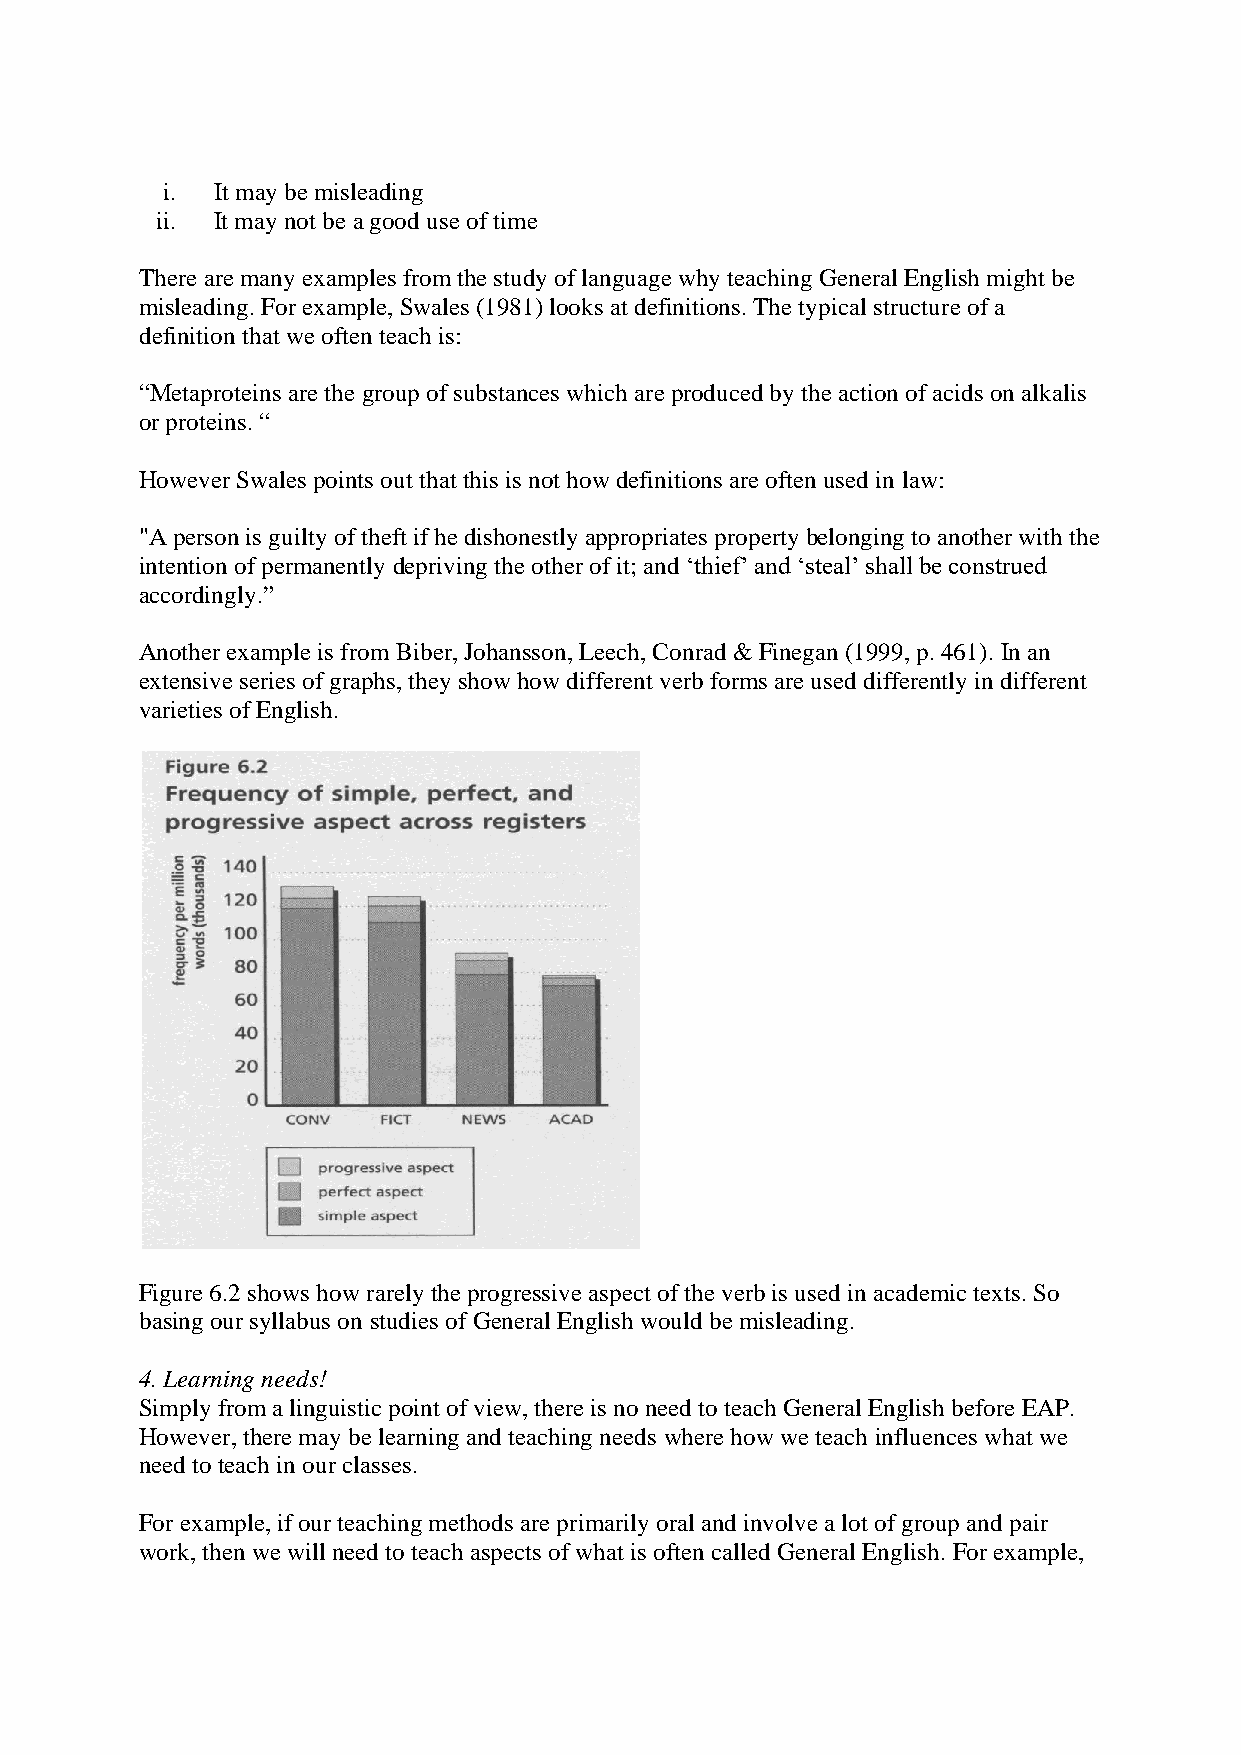
i. It may be misleading
 ii. It may not be a good use of time
 There are many examples from the study of language why teaching General English might be
 misleading. For example, Swales (1981) looks at definitions. The typical structure of a
 definition that we often teach is:
 “Metaproteins are the group of substances which are produced by the action of acids on alkalis
 or proteins. “
 However Swales points out that this is not how definitions are often used in law:
 "A person is guilty of theft if he dishonestly appropriates property belonging to another with the
 intention of permanently depriving the other of it; and ‘thief’ and ‘steal’ shall be construed
 accordingly.”
 Another example is from Biber, Johansson, Leech, Conrad & Finegan (1999, p. 461). In an
 extensive series of graphs, they show how different verb forms are used differently in different
 varieties of English.
 Figure 6.2 shows how rarely the progressive aspect of the verb is used in academic texts. So
 basing our syllabus on studies of General English would be misleading.
 4. Learning needs!
 Simply from a linguistic point of view, there is no need to teach General English before EAP.
 However, there may be learning and teaching needs where how we teach influences what we
 need to teach in our classes.
 For example, if our teaching methods are primarily oral and involve a lot of group and pair
 work, then we will need to teach aspects of what is often called General English. For example,